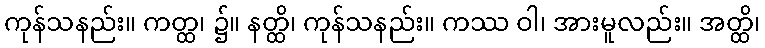
ကုန်သနည်း။ ကတ္ထ၊ ၌။ နတ္ထိ၊ ကုန်သနည်း။ ကဿ ဝါ၊ အားမူလည်း။ အတ္ထိ၊